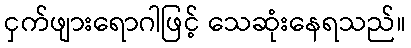
ငှက်ဖျားရောဂါဖြင့် သေဆုံးနေရသည်။